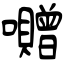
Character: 囎